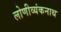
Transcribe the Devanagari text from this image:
लोणीव्यंकनाथ